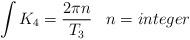
LaTeX: \begin{align*}\int K_4={2\pi n\over T_3}\,\,\,\,\,n=integer \end{align*}